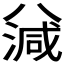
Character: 𣼪